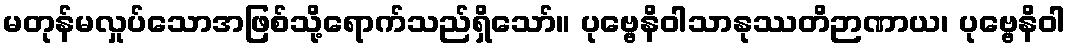
မတုန်မလှုပ်သောအဖြစ်သို့ရောက်သည်ရှိသော်။ ပုဗ္ဗေနိဝါသာနုဿတိဉာဏာယ၊ ပုဗ္ဗေနိဝါ